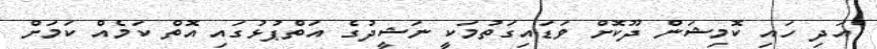
އަދި ހައި ކޮމިޝަން ދޫކޮށް ވަޑައިގަތުމަކީ ނަޝީދުގެ އަތްޕުޅުގައި އޮތް ކަމެއް ކަމަށް